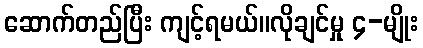
ဆောက်တည်ပြီး ကျင့်ရမယ်။လိုချင်မှု ၄-မျိုး